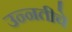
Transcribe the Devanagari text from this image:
उन्नतीचे